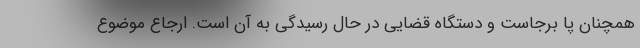
همچنان پا برجاست و دستگاه قضایی در حال رسیدگی به آن است. ارجاع موضوع